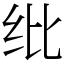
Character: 纰